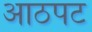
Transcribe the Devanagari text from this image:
आठपट